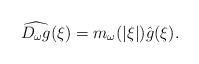
LaTeX: \begin{align*}\widehat{D_\omega g} (\xi) = m_\omega (|\xi|) \hat g(\xi) . \end{align*}